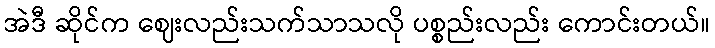
အဲဒီ ဆိုင်က ဈေးလည်းသက်သာသလို ပစ္စည်းလည်း ကောင်းတယ်။